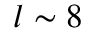
l \sim 8